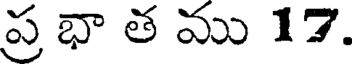
ప్ర భా త ము 17.